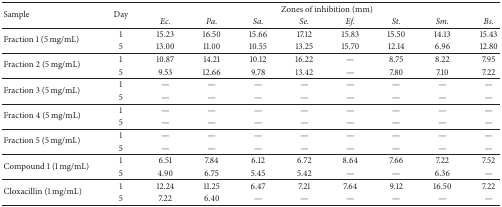
<table><thead><tr><td rowspan="2"><b>Sample</b></td><td rowspan="2"><b>Day</b></td><td colspan="8"><b>Zones of inhibition (mm)</b></td></tr><tr><td><b><i>Ec. </i></b></td><td><b><i>Pa. </i></b></td><td><b><i>Sa. </i></b></td><td><b><i>Se. </i></b></td><td><b><i>Ef. </i></b></td><td><b><i>St. </i></b></td><td><b><i>Sm. </i></b></td><td><b><i>Bs. </i></b></td></tr></thead><tbody><tr><td rowspan="2">Fraction 1 (5 mg/mL)</td><td>1</td><td>15.23</td><td>16.50</td><td>15.66</td><td>17.12</td><td>15.83</td><td>15.50</td><td>14.13</td><td>15.43</td></tr><tr><td>5</td><td>13.00</td><td>11.00</td><td>10.55</td><td>13.25</td><td>15.70</td><td>12.14</td><td>6.96</td><td>12.80</td></tr><tr><td rowspan="2">Fraction 2 (5 mg/mL)</td><td>1</td><td>10.87</td><td>14.21</td><td>10.12</td><td>16.22</td><td>—</td><td>8.75</td><td>8.22</td><td>7.95</td></tr><tr><td>5</td><td>9.53</td><td>12.66</td><td>9.78</td><td>13.42</td><td>—</td><td>7.80</td><td>7.10</td><td>7.22</td></tr><tr><td rowspan="2">Fraction 3 (5 mg/mL)</td><td>1</td><td>—</td><td>—</td><td>—</td><td>—</td><td>—</td><td>—</td><td>—</td><td>—</td></tr><tr><td>5</td><td>—</td><td>—</td><td>—</td><td>—</td><td>—</td><td>—</td><td>—</td><td>—</td></tr><tr><td rowspan="2">Fraction 4 (5 mg/mL)</td><td>1</td><td>—</td><td>—</td><td>—</td><td>—</td><td>—</td><td>—</td><td>—</td><td>—</td></tr><tr><td>5</td><td>—</td><td>—</td><td>—</td><td>—</td><td>—</td><td>—</td><td>—</td><td>—</td></tr><tr><td rowspan="2">Fraction 5 (5 mg/mL)</td><td>1</td><td>—</td><td>—</td><td>—</td><td>—</td><td>—</td><td>—</td><td>—</td><td>—</td></tr><tr><td>5</td><td>—</td><td>—</td><td>—</td><td>—</td><td>—</td><td>—</td><td>—</td><td>—</td></tr><tr><td rowspan="2">Compound 1 (1 mg/mL)</td><td>1</td><td>6.51</td><td>7.84</td><td>6.12</td><td>6.72</td><td>8.64</td><td>7.66</td><td>7.22</td><td>7.52</td></tr><tr><td>5</td><td>4.90</td><td>6.75</td><td>5.45</td><td>5.42</td><td>—</td><td>—</td><td>6.36</td><td>—</td></tr><tr><td rowspan="2">Cloxacillin (1 mg/mL) </td><td>1</td><td>12.24</td><td>11.25</td><td>6.47</td><td>7.21</td><td>7.64</td><td>9.12</td><td>16.50</td><td>7.22</td></tr><tr><td>5</td><td>7.22</td><td>6.40</td><td>—</td><td>—</td><td>—</td><td>—</td><td>—</td><td>—</td></tr></tbody></table>